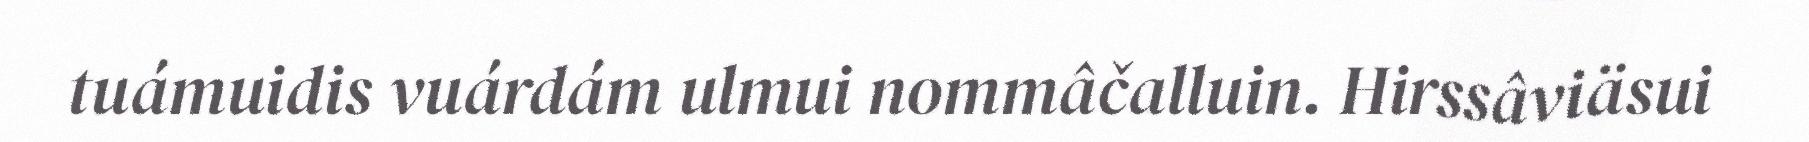
tuámuidis vuárdám ulmui nommâčalluin. Hirssâviäsui